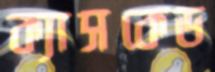
ক্যাসকেড